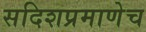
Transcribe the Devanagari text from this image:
सदिशप्रमाणेच